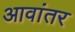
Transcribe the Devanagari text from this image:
आवांतर